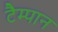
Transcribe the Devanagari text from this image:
टैम्पान